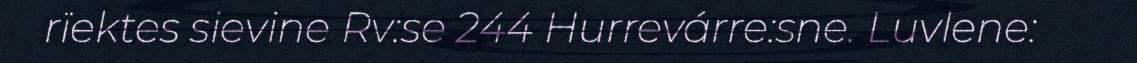
rïektes sievine Rv:se 244 Hurrevárre:sne. Luvlene: